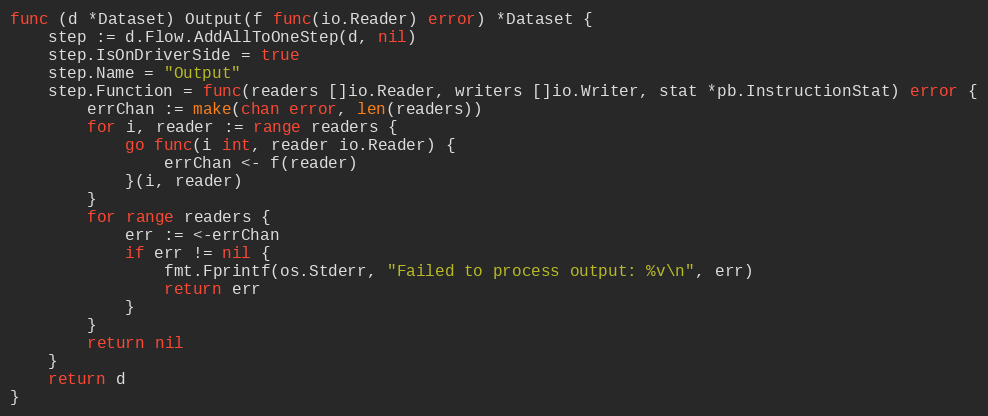
Language: Go
func (d *Dataset) Output(f func(io.Reader) error) *Dataset {
	step := d.Flow.AddAllToOneStep(d, nil)
	step.IsOnDriverSide = true
	step.Name = "Output"
	step.Function = func(readers []io.Reader, writers []io.Writer, stat *pb.InstructionStat) error {
		errChan := make(chan error, len(readers))
		for i, reader := range readers {
			go func(i int, reader io.Reader) {
				errChan <- f(reader)
			}(i, reader)
		}
		for range readers {
			err := <-errChan
			if err != nil {
				fmt.Fprintf(os.Stderr, "Failed to process output: %v\n", err)
				return err
			}
		}
		return nil
	}
	return d
}